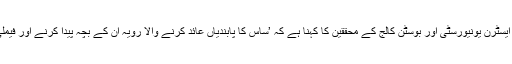
بوسٹن یونیورسٹی اور دہلی سکول آف اکنامکس، نارتھ ایسٹرن یونیورسٹی اور بوسٹن کالج کے محققین کا کہنا ہے کہ ’ساس کا پابندیاں عائد کرنے والا رویہ ان کے بچہ پیدا کرنے اور فیملی پلاننگ کے متعلق ان کے نظریے کا نتیجہ ہوتا ہے۔